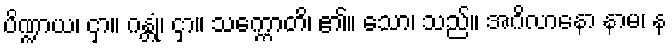
ပိဏ္ဍာယ၊ ငှာ။ ဂန္တုံ၊ ငှာ။ သက္ကောတိ၊ ၏။ သော၊ သည်။ အဂိလာနော နာမ၊ န